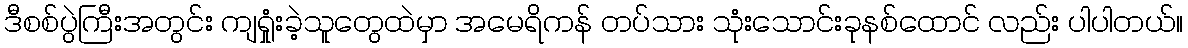
ဒီစစ်ပွဲကြီးအတွင်း ကျရှုံးခဲ့သူတွေထဲမှာ အမေရိကန် တပ်သား သုံးသောင်းခုနစ်ထောင် လည်း ပါပါတယ်။